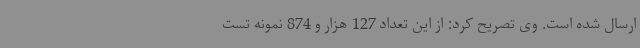
ارسال شده است. وی تصریح کرد: از این تعداد 127 هزار و 874 نمونه تست